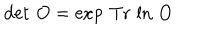
\det \, O = \exp \, \mathrm { T r } \, \ln \, O